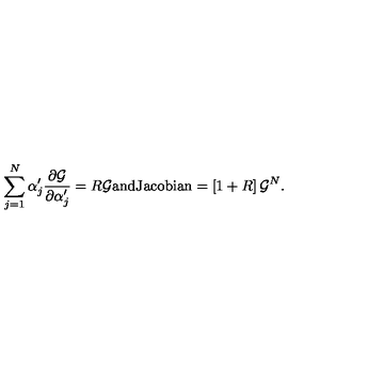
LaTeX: \sum _ { j = 1 } ^ { N } \alpha _ { j } ^ { \prime } \frac { \partial { \cal { G } } } { \partial \alpha _ { j } ^ { \prime } } = R { \cal { G } } \mathrm { a n d } \mathrm { J a c o b i a n } = \left[ 1 + R \right] { \cal { G } } ^ { N } .